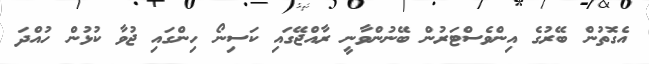
އެގޮތުން ބޭރުގެ އިންވެސްޓަރުން ބޭނުންވާނީ ރާއްޖޭގައި ކަސިނޯ ހިންގައި ޖުވާ ކުޅުން ހުއްދަ